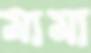
মামা